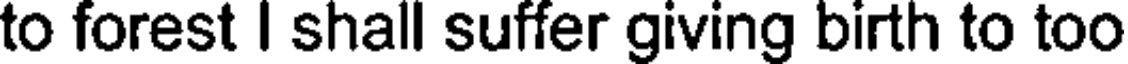
to forest I shall suffer giving birth to too